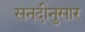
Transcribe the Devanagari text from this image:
सनदीनुसार